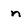
Character: n